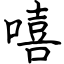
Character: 嘻